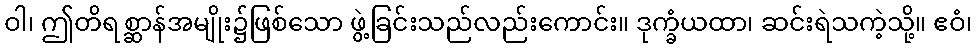
ဝါ၊ ဤတိရစ္ဆာန်အမျိုး၌ဖြစ်သော ဖွဲ့ခြင်းသည်လည်းကောင်း။ ဒုက္ခံယထာ၊ ဆင်းရဲသကဲ့သို့။ ဧဝံ၊